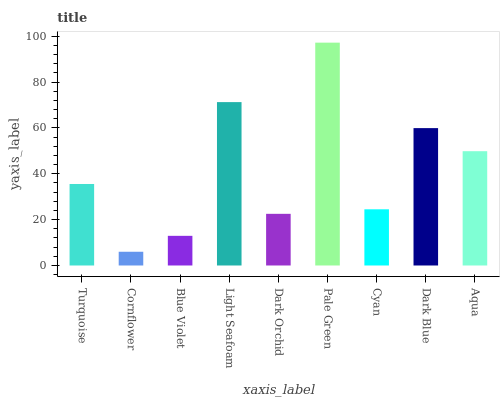
| xaxis_label | bars |
 | --- | --- |
 | Turquoise | 35.5 |
 | Cornflower | 5.99 |
 | Blue Violet | 12.9 |
 | Light Seafoam | 71.2 |
 | Dark Orchid | 22.5 |
 | Pale Green | 97.2 |
 | Cyan | 24.5 |
 | Dark Blue | 59.9 |
 | Aqua | 49.8 |